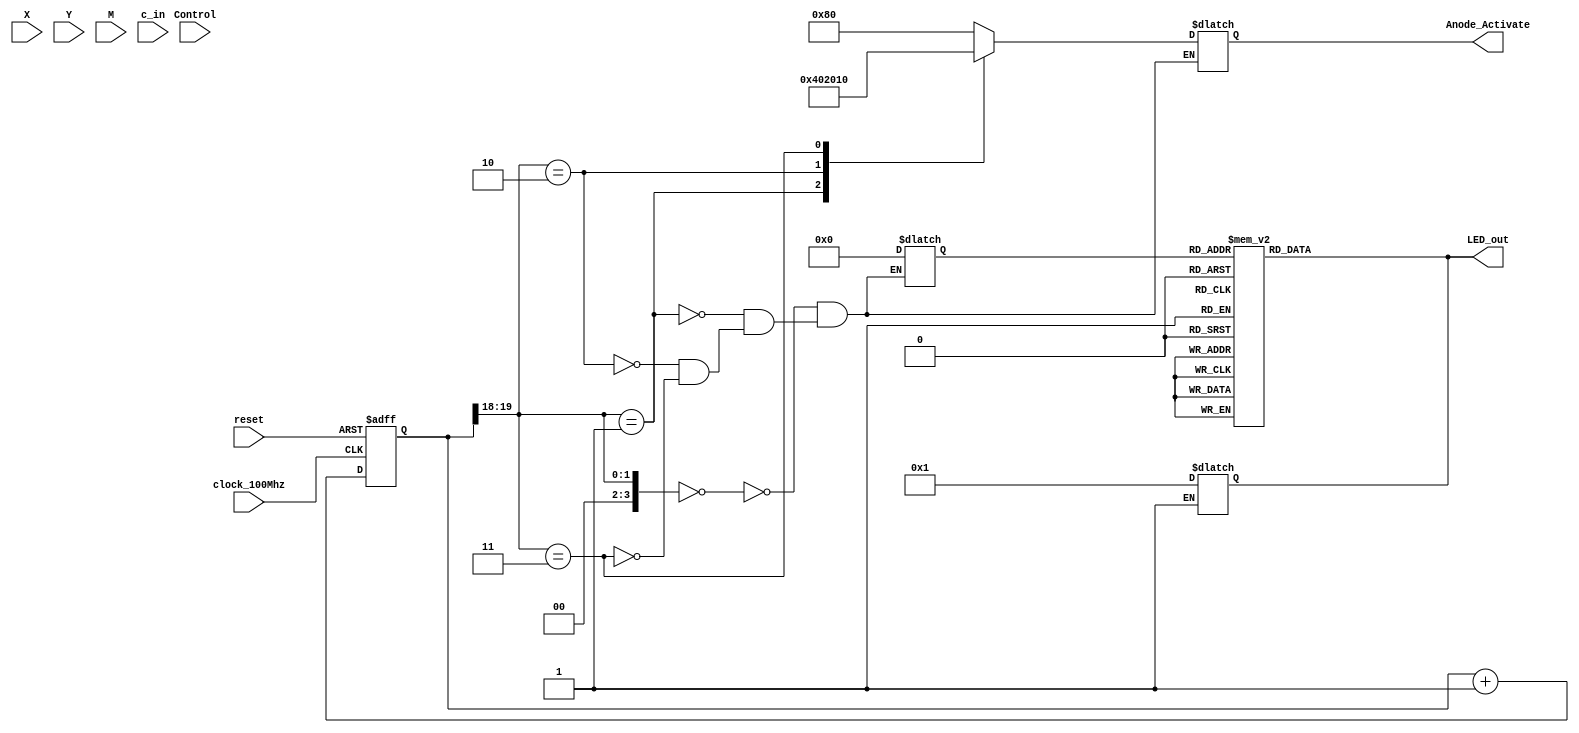
`timescale 1ns / 1ps
//////////////////////////////////////////////////////////////////////////////////
// Company: 
// Engineer: 
// 
// Design Name: 
// Module Name: lab_design_7segment
// Project Name: 
// Target Devices: 
// Tool Versions: 
// Description: 
// 
// Dependencies: 
// 
// Revision:
// Revision 0.01 - File Created
// Additional Comments:
// 
//////////////////////////////////////////////////////////////////////////////////


module lab_design_7segment(
   input clock_100Mhz, // 100 Mhz clock source on Basys 3 FPGA
    input reset, // reset
    input[3:0] X,Y,M,
    input c_in,
    input Control,
    output reg [7:0] Anode_Activate, // anode signals of the 7-segment LED display
    output reg [6:0] LED_out// cathode patterns of the 7-segment LED display
    );
    reg [26:0] one_second_counter; // counter for generating 1 second clock enable
    wire one_second_enable;// one second enable for counting numbers
    reg [15:0] displayed_number; // counting number to be displayed
    reg [3:0] LED_BCD;
    reg [19:0] refresh_counter; // 20-bit for creating 10.5ms refresh period or 380Hz refresh rate
             // the first 2 MSB bits for creating 4 LED-activating signals with 2.6ms digit period
    wire [3:0] LED_activating_counter; 
                 // count     0    ->  1  ->  2  ->  3
              // activates    LED1    LED2   LED3   LED4
             // and repeat
     reg [3:0] s = 4'b0000;
     
    always @(posedge clock_100Mhz or posedge reset)
    begin
        if(reset==1)
            one_second_counter <= 0;
        else begin
            if(one_second_counter>=99999999) 
                 one_second_counter <= 0;
            else
                one_second_counter <= one_second_counter + 1;
        end
    end 
    assign one_second_enable = (one_second_counter==99999999)?1:0;
    always @(posedge clock_100Mhz or posedge reset)
    begin
        if(reset==1)
            displayed_number <= 0;
        else if(one_second_enable==1)
            displayed_number <= displayed_number + 1;
    end
    always @(posedge clock_100Mhz or posedge reset)
    begin 
        if(reset==1)
            refresh_counter <= 0;
        else
            refresh_counter <= refresh_counter + 1;
    end 
    assign LED_activating_counter = refresh_counter[19:18];
    // anode activating signals for 4 LEDs, digit period of 2.6ms
    // decoder to generate anode signals 
    always @(*)
    begin
        case(LED_activating_counter)
        3'b000: begin
            Anode_Activate = 8'b10000000; 
            // activate LED1 and Deactivate LED2, LED3, LED4
            LED_BCD = 4'b0000;
            // the first digit of the 16-bit number
              end
        3'b001: begin
            Anode_Activate = 8'b01000000; 
            // activate LED1 and Deactivate LED2, LED3, LED4
            LED_BCD = 4'b0000;
            // the first digit of the 16-bit number
              end
        3'b010: begin
            Anode_Activate = 8'b00100000; 
            // activate LED1 and Deactivate LED2, LED3, LED4
            LED_BCD = 4'b0000;
            // the first digit of the 16-bit number
              end
        3'b011: begin
            Anode_Activate = 8'b00010000; 
            // activate LED1 and Deactivate LED2, LED3, LED4
            LED_BCD = 4'b0000;
            // the first digit of the 16-bit number
              end
        3'b100: begin
            Anode_Activate = 8'b00001000; 
             if(Control==0)
             begin
              LED_BCD = 4'b0000;
              end
              else
              begin
              case (M)
        4'b0000,4'b0001,4'b0010,4'b0011,4'b0100,4'b0101, 4'b0110, 4'b0111 : 
                 case(s)
                    4'b1000,4'b1001,4'b1011,4'b1100,4'b1101,4'b1110,4'b1111:
                    begin 
                        LED_BCD = 4'b0001;
                    end
         default:
                  LED_BCD = 4'b0000;
                    endcase
          default:
                  LED_BCD = 4'b0000;
                  endcase
              end 
            end  
        3'b101: begin
            Anode_Activate = 8'b00000100; 
             if(Control==0)
             begin
                LED_BCD = M;
             end
             else
              begin
              case (M)
        4'b0000,4'b0001,4'b0010,4'b0011,4'b0100,4'b0101, 4'b0110, 4'b0111 : 
                 case(s)
                    4'b0100,4'b0101,4'b0110,4'b0111,4'b1100,4'b1101,4'b1110,4'b1111:
                    begin 
                        LED_BCD = 4'b0001;
                    end
          default:
                  LED_BCD = 4'b0000;
                  endcase
         4'b1000,4'b1001:
            LED_out = 8'b00000001;
            default:
             LED_BCD = 4'b0000;
             endcase
              end 
              end
        3'b110: begin
            Anode_Activate = 8'b00000010; 
             if(Control==0)
             begin
              LED_BCD = X;
              end
            else
              begin
              case (M)
        4'b0000,4'b0001,4'b0010,4'b0011,4'b0100,4'b0101, 4'b0110, 4'b0111 : 
                 case(s)
                    4'b0010,4'b0011,4'b0111,4'b1111,4'b1011,4'b1010,4'b0110,4'b1110:
                    begin 
                        LED_BCD = 4'b0001;
                    end
          default:
                  LED_BCD = 4'b0000;
                  endcase
         4'b1000,4'b1001,4'b1010,4'b1011,4'b1100,4'b1101, 4'b1110, 4'b1111:
            case(s)
                    4'b1010,4'b1011,4'b1100,4'b1101,4'b1110,4'b1111:
                    begin 
                        LED_BCD = 4'b0001;
                    end
          default:
                  LED_BCD = 4'b0000;
                  endcase
             endcase
              end
              end
        3'b111: begin
            Anode_Activate = 8'b00000001; 
             if(Control==0)
             begin
              LED_BCD = Y;
              end
              else
              begin
              case (M)
        4'b0000,4'b0001,4'b0010,4'b0011,4'b0100,4'b0101, 4'b0110, 4'b0111 : 
                 case(s)
                    4'b0001,4'b0011,4'b0111,4'b1111,4'b1011,4'b1001,4'b1101,4'b0101:
                    begin 
                        LED_BCD = 4'b0001;
                    end
          default:
                  LED_BCD = 4'b0000;
                  endcase
         4'b1000,4'b1001,4'b1010,4'b1011,4'b1100,4'b1101, 4'b1110, 4'b1111:
            case(s)
                    4'b0000,4'b1010 : LED_BCD  = 4'b0000;
                    4'b0001,4'b1011 : LED_BCD  = 4'b0001;
                    4'b0010,4'b1100 : LED_BCD  = 4'b0010;
                    4'b0011,4'b1101 : LED_BCD  = 4'b0011;
                    4'b0100,4'b1110 : LED_BCD  = 4'b0100;          
                    4'b0101,4'b1111 : LED_BCD  = 4'b0101;
                    4'b0110 : LED_BCD  = 4'b0110;
                    4'b0111 : LED_BCD  = 4'b0111;
                    4'b1000 : LED_BCD  = 4'b1000;
                    4'b1001 : LED_BCD  = 4'b1001;
          default:
                  LED_BCD = 4'b0000;
                  endcase
             endcase
              end
              end                            
        endcase
    end
    // Cathode patterns of the 7-segment LED display 
    always @(*)
    begin
        case(LED_BCD)
        4'b0000 : LED_out  <= 7'h1;
        4'b0001 : LED_out  <= 7'h4F;     //A
        4'b0010 : LED_out  <= 7'h12;
        4'b0011 : LED_out  <= 7'h6;
        4'b0100 : LED_out  <= 7'h4C;          
        4'b0101 : LED_out  <= 7'h24;
        4'b0110 : LED_out  <= 7'h20;
        4'b0111 : LED_out  <= 7'hF;
        4'b1000 : LED_out  <= 7'h0;
        4'b1001 : LED_out  <= 7'hC;
        4'b1010 : LED_out  <= 7'hA;
        4'b1011 : LED_out  <= 7'h60;
        4'b1100 : LED_out  <= 7'h31;
        4'b1101 : LED_out  <= 7'h42;
        4'b1110 : LED_out  <= 7'h30;
        4'b1111 : LED_out  <= 7'h38;
        endcase
    end
 endmodule